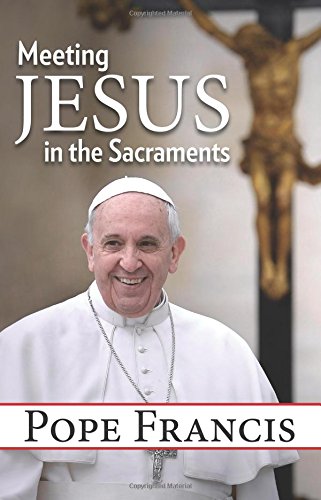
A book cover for Meeting Jesus in the Sacraments; Pope Francis; Christian Books & Bibles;